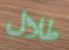
طلال